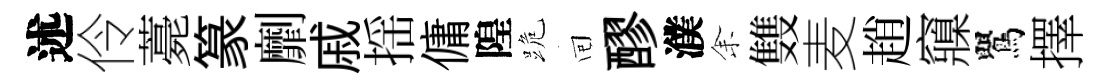
述伶薧篆劘戚揺傭隍跪囘醪濮𪜬䨇麦趙䆿鸎擇